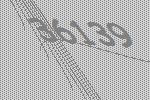
36139